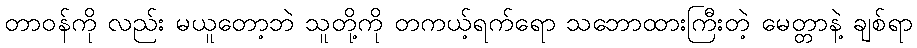
တာဝန်ကို လည်း မယူတော့ဘဲ သူတို့ကို တကယ့်ရက်ရော သဘောထားကြီးတဲ့ မေတ္တာနဲ့ ချစ်ရာ